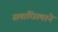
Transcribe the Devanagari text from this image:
समाधिस्थाने